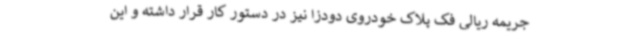
جریمه ریالی فک پلاک خودروی دودزا نیز در دستور کار قرار داشته و این